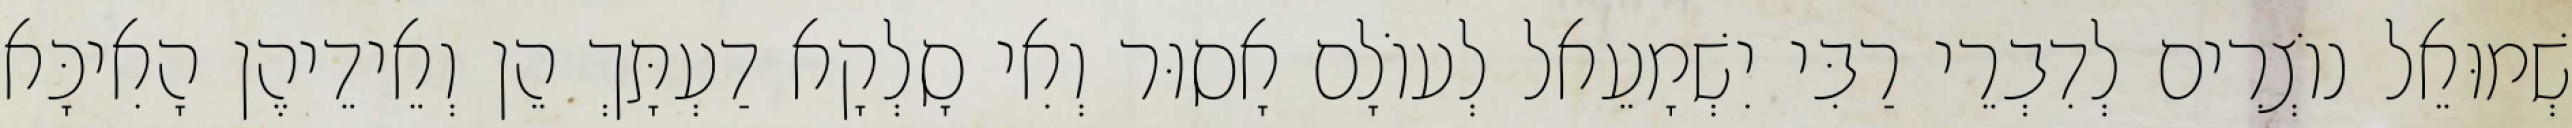
שְׁמוּאֵל נוֹצְרִים לְדִבְרֵי רַבִּי יִשְׁמָעֵאל לְעוֹלָם אָסוּר וְאִי סָלְקָא דַעְתָּךְ הֵן וְאֵידֵיהֶן הָאִיכָּא